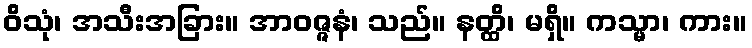
ဝိသုံ၊ အသီးအခြား။ အာဝဇ္ဇနံ၊ သည်။ နတ္ထိ၊ မရှိ။ ကသ္မာ၊ ကား။